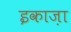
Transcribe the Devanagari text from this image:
इकाज़ा